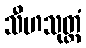
သီဟသုတ္တံ